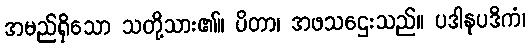
အမည်ရှိသော သတို့သား၏။ ပိတာ၊ အဖသဌေးသည်။ ပဒါနုပဒိကံ၊